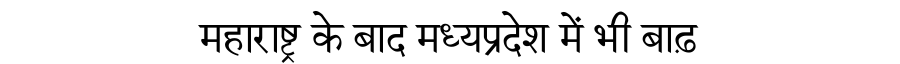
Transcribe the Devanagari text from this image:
महाराष्ट्र के बाद मध्यप्रदेश में भी बाढ़